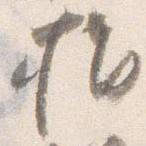
指